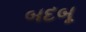
બદબૂ